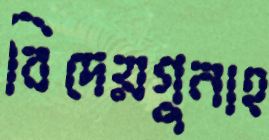
বিদেয়গুনাহ